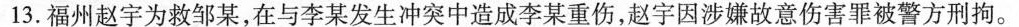
13.福州赵宇为救邹某，在与李某发生冲突中造成李某重伤，赵宇因涉嫌故意伤害罪被警方刑拘。